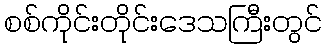
စစ်ကိုင်းတိုင်းဒေသကြီးတွင်